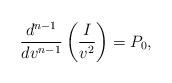
LaTeX: \begin{align*} \frac{d^{n-1}}{dv^{n-1}}\left(\frac{I}{v^2}\right)=P_0,\end{align*}